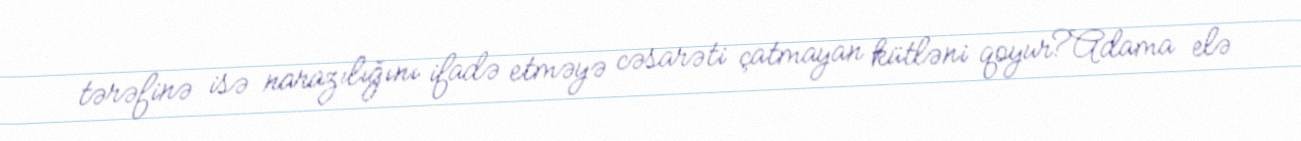
tərəfinə isə narazılığını ifadə etməyə cəsarəti çatmayan kütləni qoyur?Adama elə